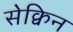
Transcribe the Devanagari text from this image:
सेक्विन